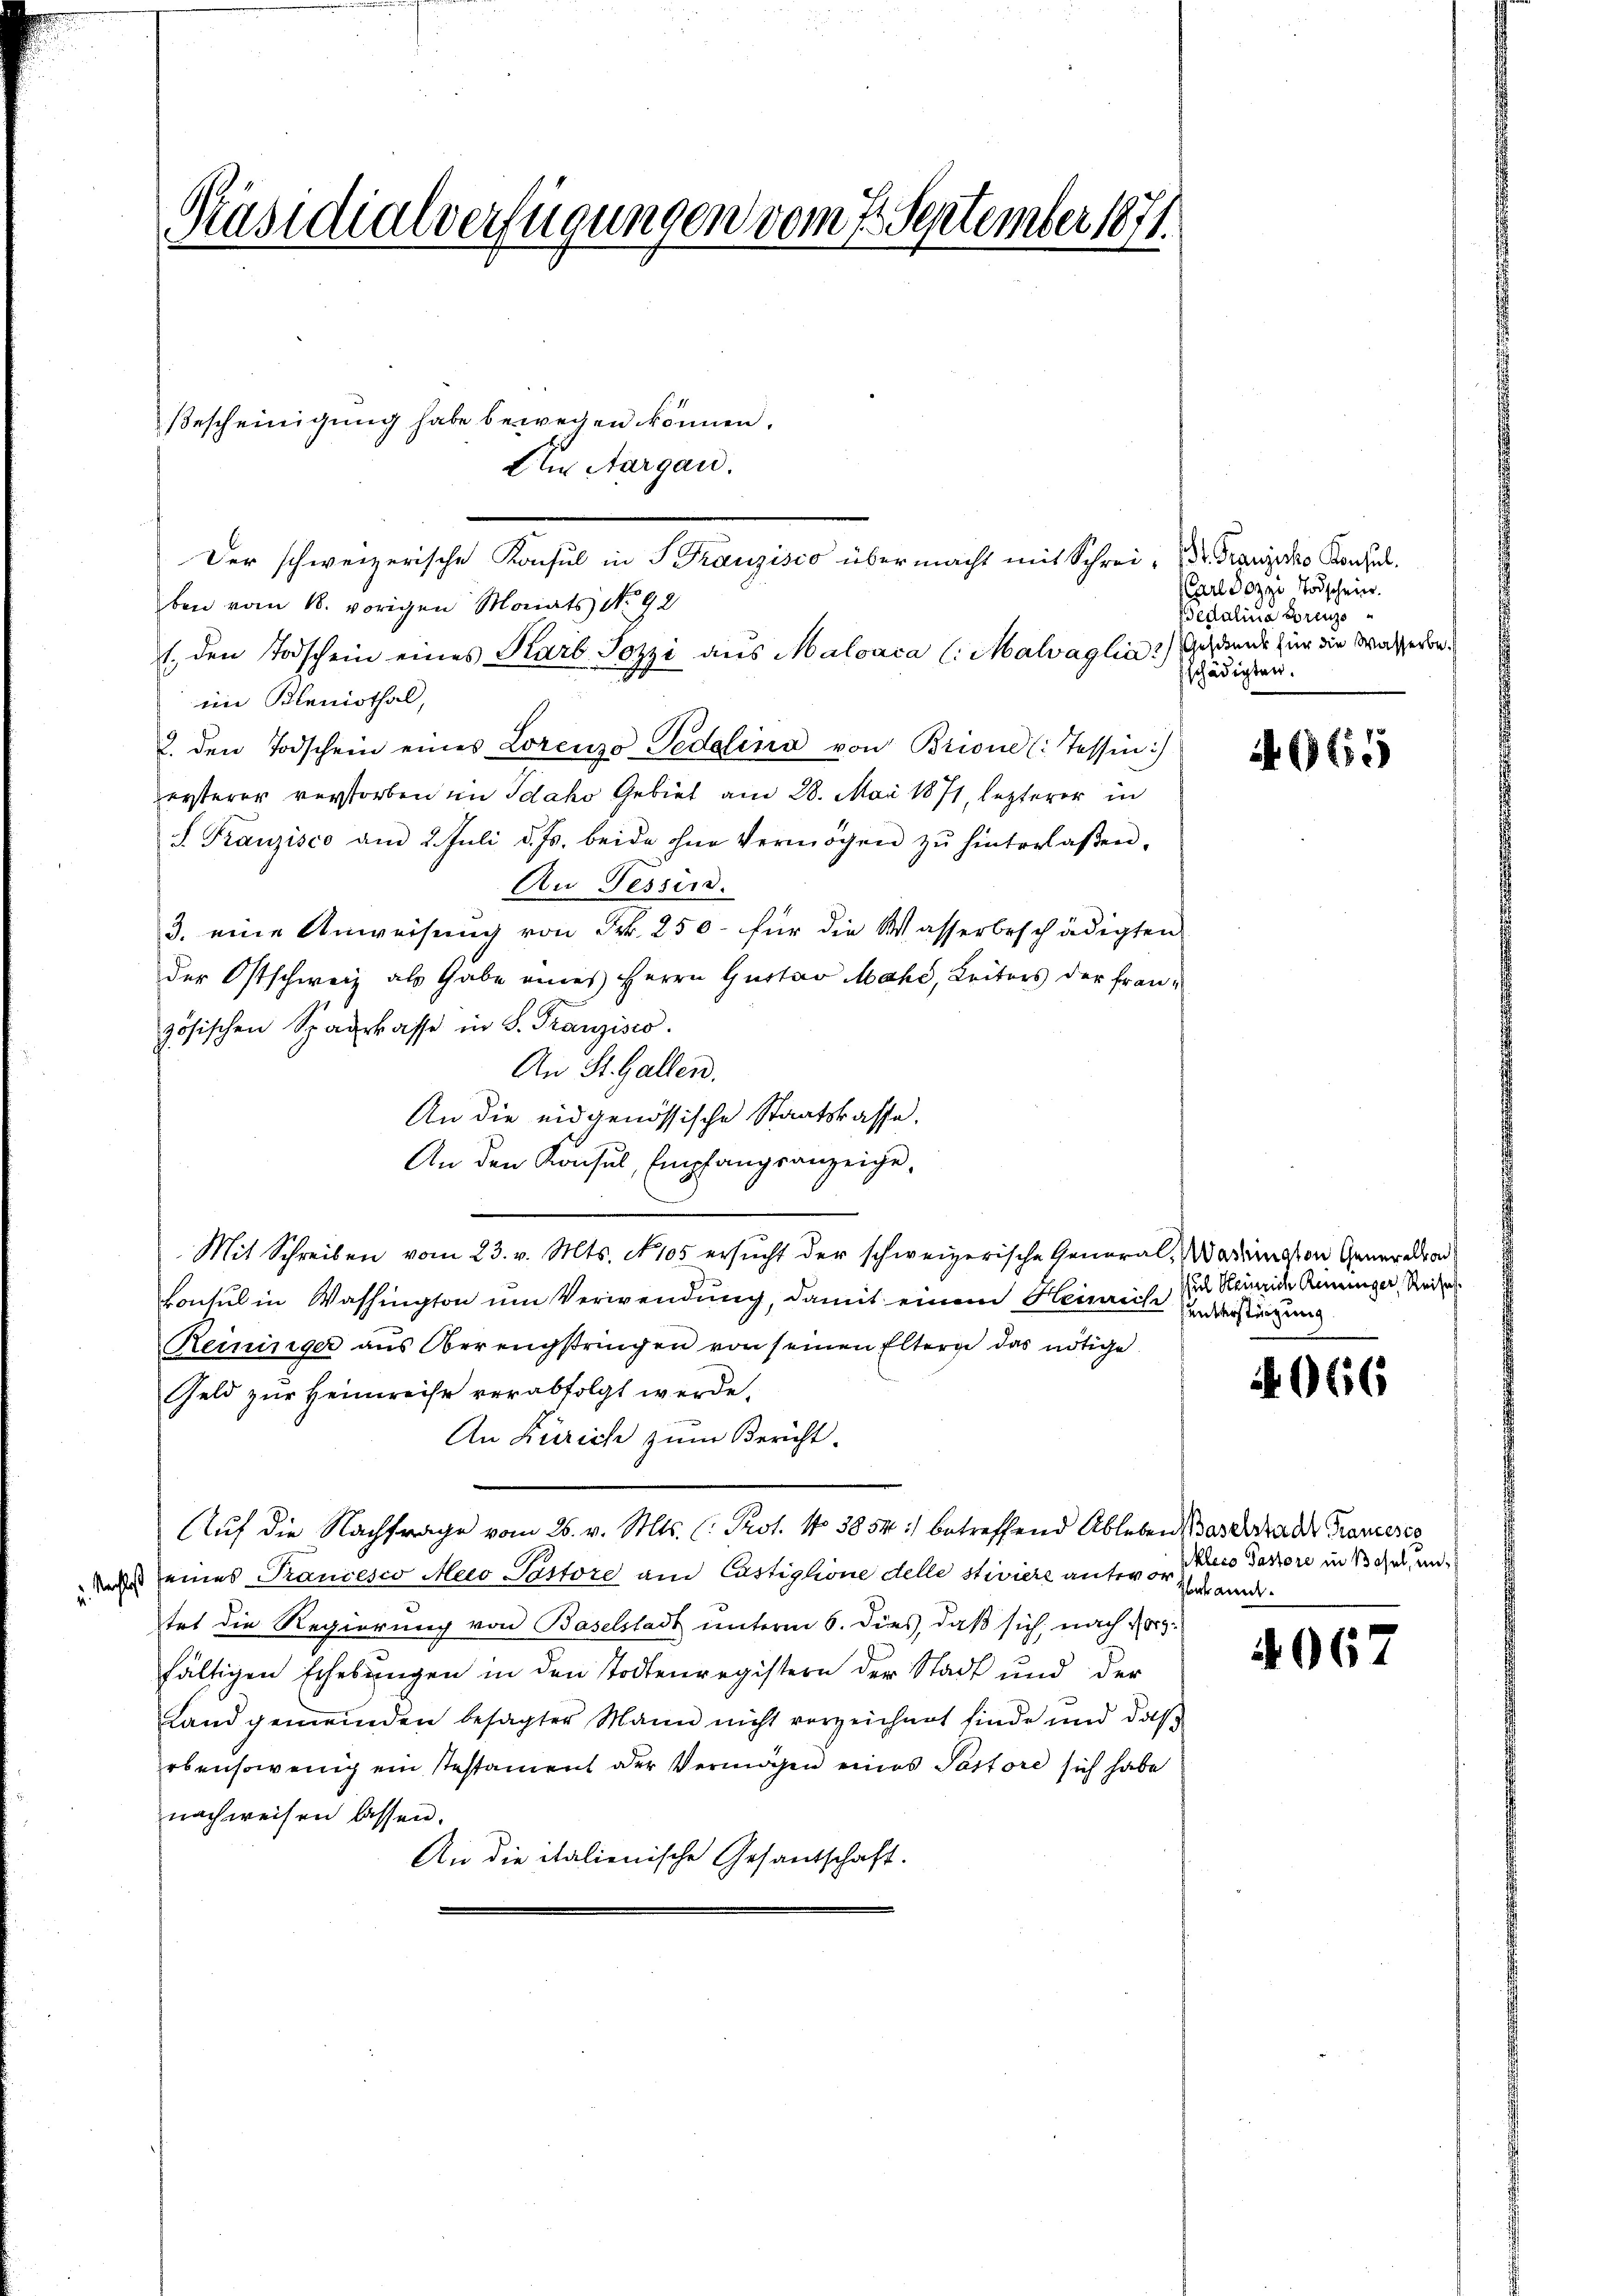
Präsidialverfügungen vom 7. September 1871.

Bescheinigung habe bewegen können.
Ali Aargau.
Der schweizerische Konsul in Franzisco übermacht mit Schrei- Dr. Grenzero Konzes.
ben vom 18. vorigen Monats No 92
1. den Todschein eines Karb Jozzi aus Maloaca (:Malvaglia) Gehende für die Wasserbeim Bleniothal,
2. den Todschein eines Lorenzo Pedelina von Brione (: Tessin:)
ersterer verstorben in Idako Gebiet am 28. Mai 1871, lezterer in
S. Franzisco am 2. Juli d. Js. beide ohne Vermögen zŭ hinterlaßen.
An Tessin.
3. eine Anweisung von Frk. 250 für die Wasserbeschädigten
der Ostschweiz als Gabe eines Herrn Gustav Mahd, Leiters der Französischen Sparkasse in S. Franzisco
An St. Gallen.
An die eidgenössische Staatskasse,
An den Konsul, Empfangsanzeige,
Mit Schreiben vom 23. v. Mts. No 105 ersucht der schweizerische General-Wadiaton Generaltad
konsul in Washington um Verwendung, damit einem Heinrich unterstigung
Reininger aus Oberengstringen von seinen Eltern das nötige
Geld zur Heimreise verabfolgt werde.
An Zürich zum Bericht.
Auf die Nachfrage vom 26. v. Mts. C. Prot. No 3854 :/ betreffend Ableben Baselstader Trameres
es seines Trancesco Mao Pastore am Castiglione delle stiviere unter in Kreis Pastore in Basel, untet die Regierung von Baselstadt unterm 6. dies, daß sich, nach Nor-
fältigen Erhebungen in den Todtenregistern der Stadt und der
Land gemeinden besagter Mann nicht verzeichnet finde und daß
ebensowenig ein Testament oder Vermögen eines Pastore sich habe
nach weisen lassen.
An die italienische Gesandtschaft.

Carl Dozzi Todschein.
Pedalina Borenz
schädigten.

A (965

sul Heinrich Reininger, Reise
d
d

4966

Zeekann.

2067